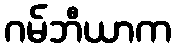
ဂမ်ဘီယာက